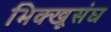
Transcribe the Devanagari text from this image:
भिक्खूसंघ